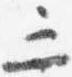
三